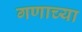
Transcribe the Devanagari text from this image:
गणाच्या